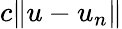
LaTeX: c\| u-u_{n}\|